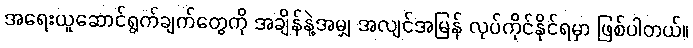
အရေးယူဆောင်ရွက်ချက်တွေကို အချိန်နဲ့အမျှ အလျင်အမြန် လုပ်ကိုင်နိုင်ရမှာ ဖြစ်ပါတယ်။